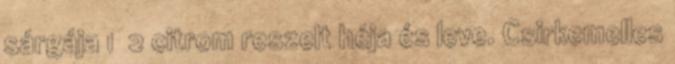
sárgája 1 2 citrom reszelt héja és leve. Csirkemelles